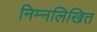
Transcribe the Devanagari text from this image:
निम्‍नलिखित